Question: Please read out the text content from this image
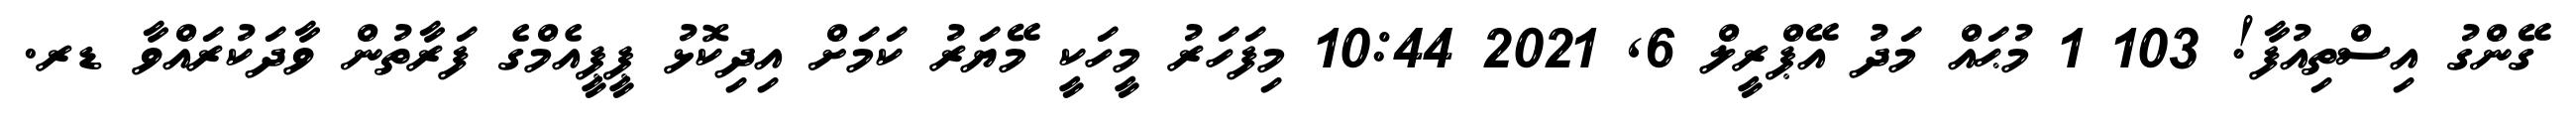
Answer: ގޭންގު އިސްތިއުފާ! 103 1 މުޙައް މަދު އޭޕްރީލް 6, 2021 10:44 މިފަހަރު މީހަކީ މޭޔަރު ކަމަށް އިދިކޮޅު ޕީޕީއެމްގެ ފަރާތުން ވާދަކުރައްވާ ޑރ.